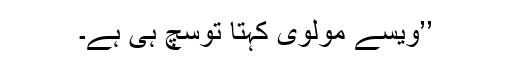
’’ویسے مولوی کہتا توسچ ہی ہے۔